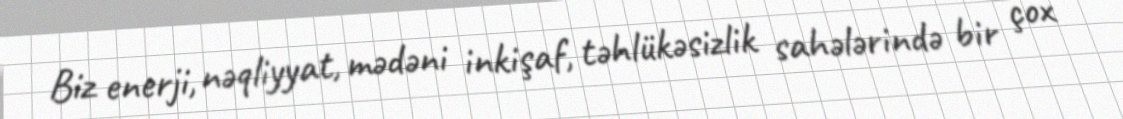
Biz enerji, nəqliyyat, mədəni inkişaf, təhlükəsizlik sahələrində bir çox